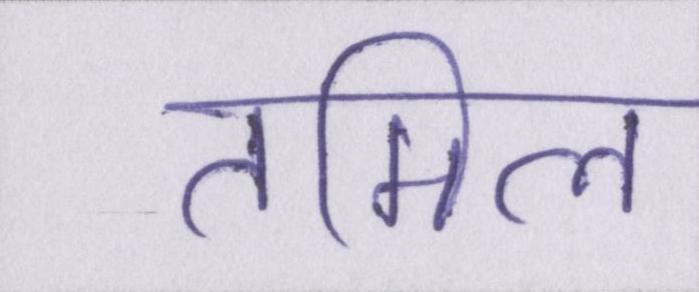
तमिल